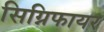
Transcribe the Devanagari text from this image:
सिग्निफायर